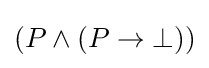
(P\wedge (P\to \bot ))